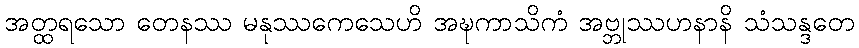
အတ္ထရသော တေနဿ မနုဿကေသေဟိ အဍ္ဎကာသိကံ အဗ္ဘုဿဟနာနိ သံသန္ဒတေ